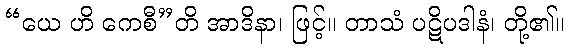
“ယေ ဟိ ကေစီ”တိ အာဒိနာ၊ ဖြင့်။ တာသံ ပဋိပဒါနံ၊ တို့၏။